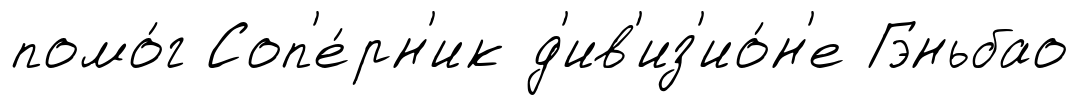
помо́г Соп'е́рн'ик д'ив'из'ио́н'е Гэньбао